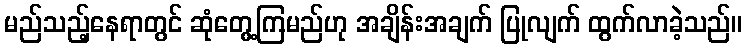
မည်သည့်နေရာတွင် ဆုံတွေ့ကြမည်ဟု အချိန်းအချက် ပြုလျက် ထွက်လာခဲ့သည်။